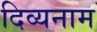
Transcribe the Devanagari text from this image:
दिव्यनाम